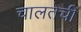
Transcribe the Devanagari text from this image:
चालतेची